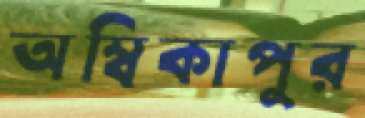
অম্বিকাপুর